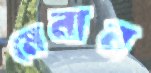
মেনান